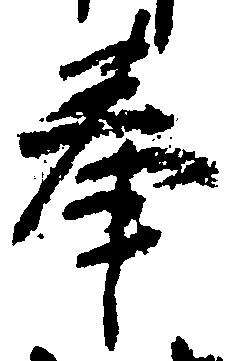
奉